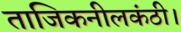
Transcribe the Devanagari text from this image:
ताजिकनीलकंठी।